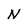
Character: N